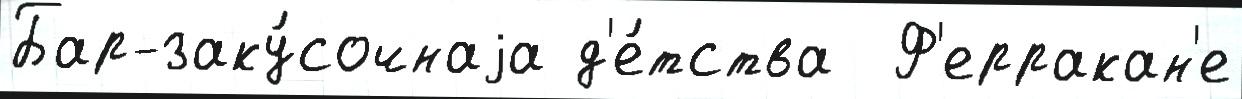
Бар-заку́сочнаjа д'е́тства  Ф'ерракан'е